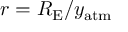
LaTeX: r = R _ { \mathrm { E } } / y _ { \mathrm { a t m } }